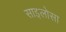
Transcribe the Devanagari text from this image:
साइलोसा